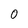
Character: 0